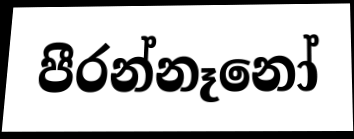
පීරන්නෑනෝ